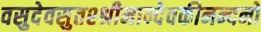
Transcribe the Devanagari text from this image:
वसुदेवसुतश्श्रीमान्देवकीनन्दनो